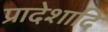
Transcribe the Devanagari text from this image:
प्रादेशादि